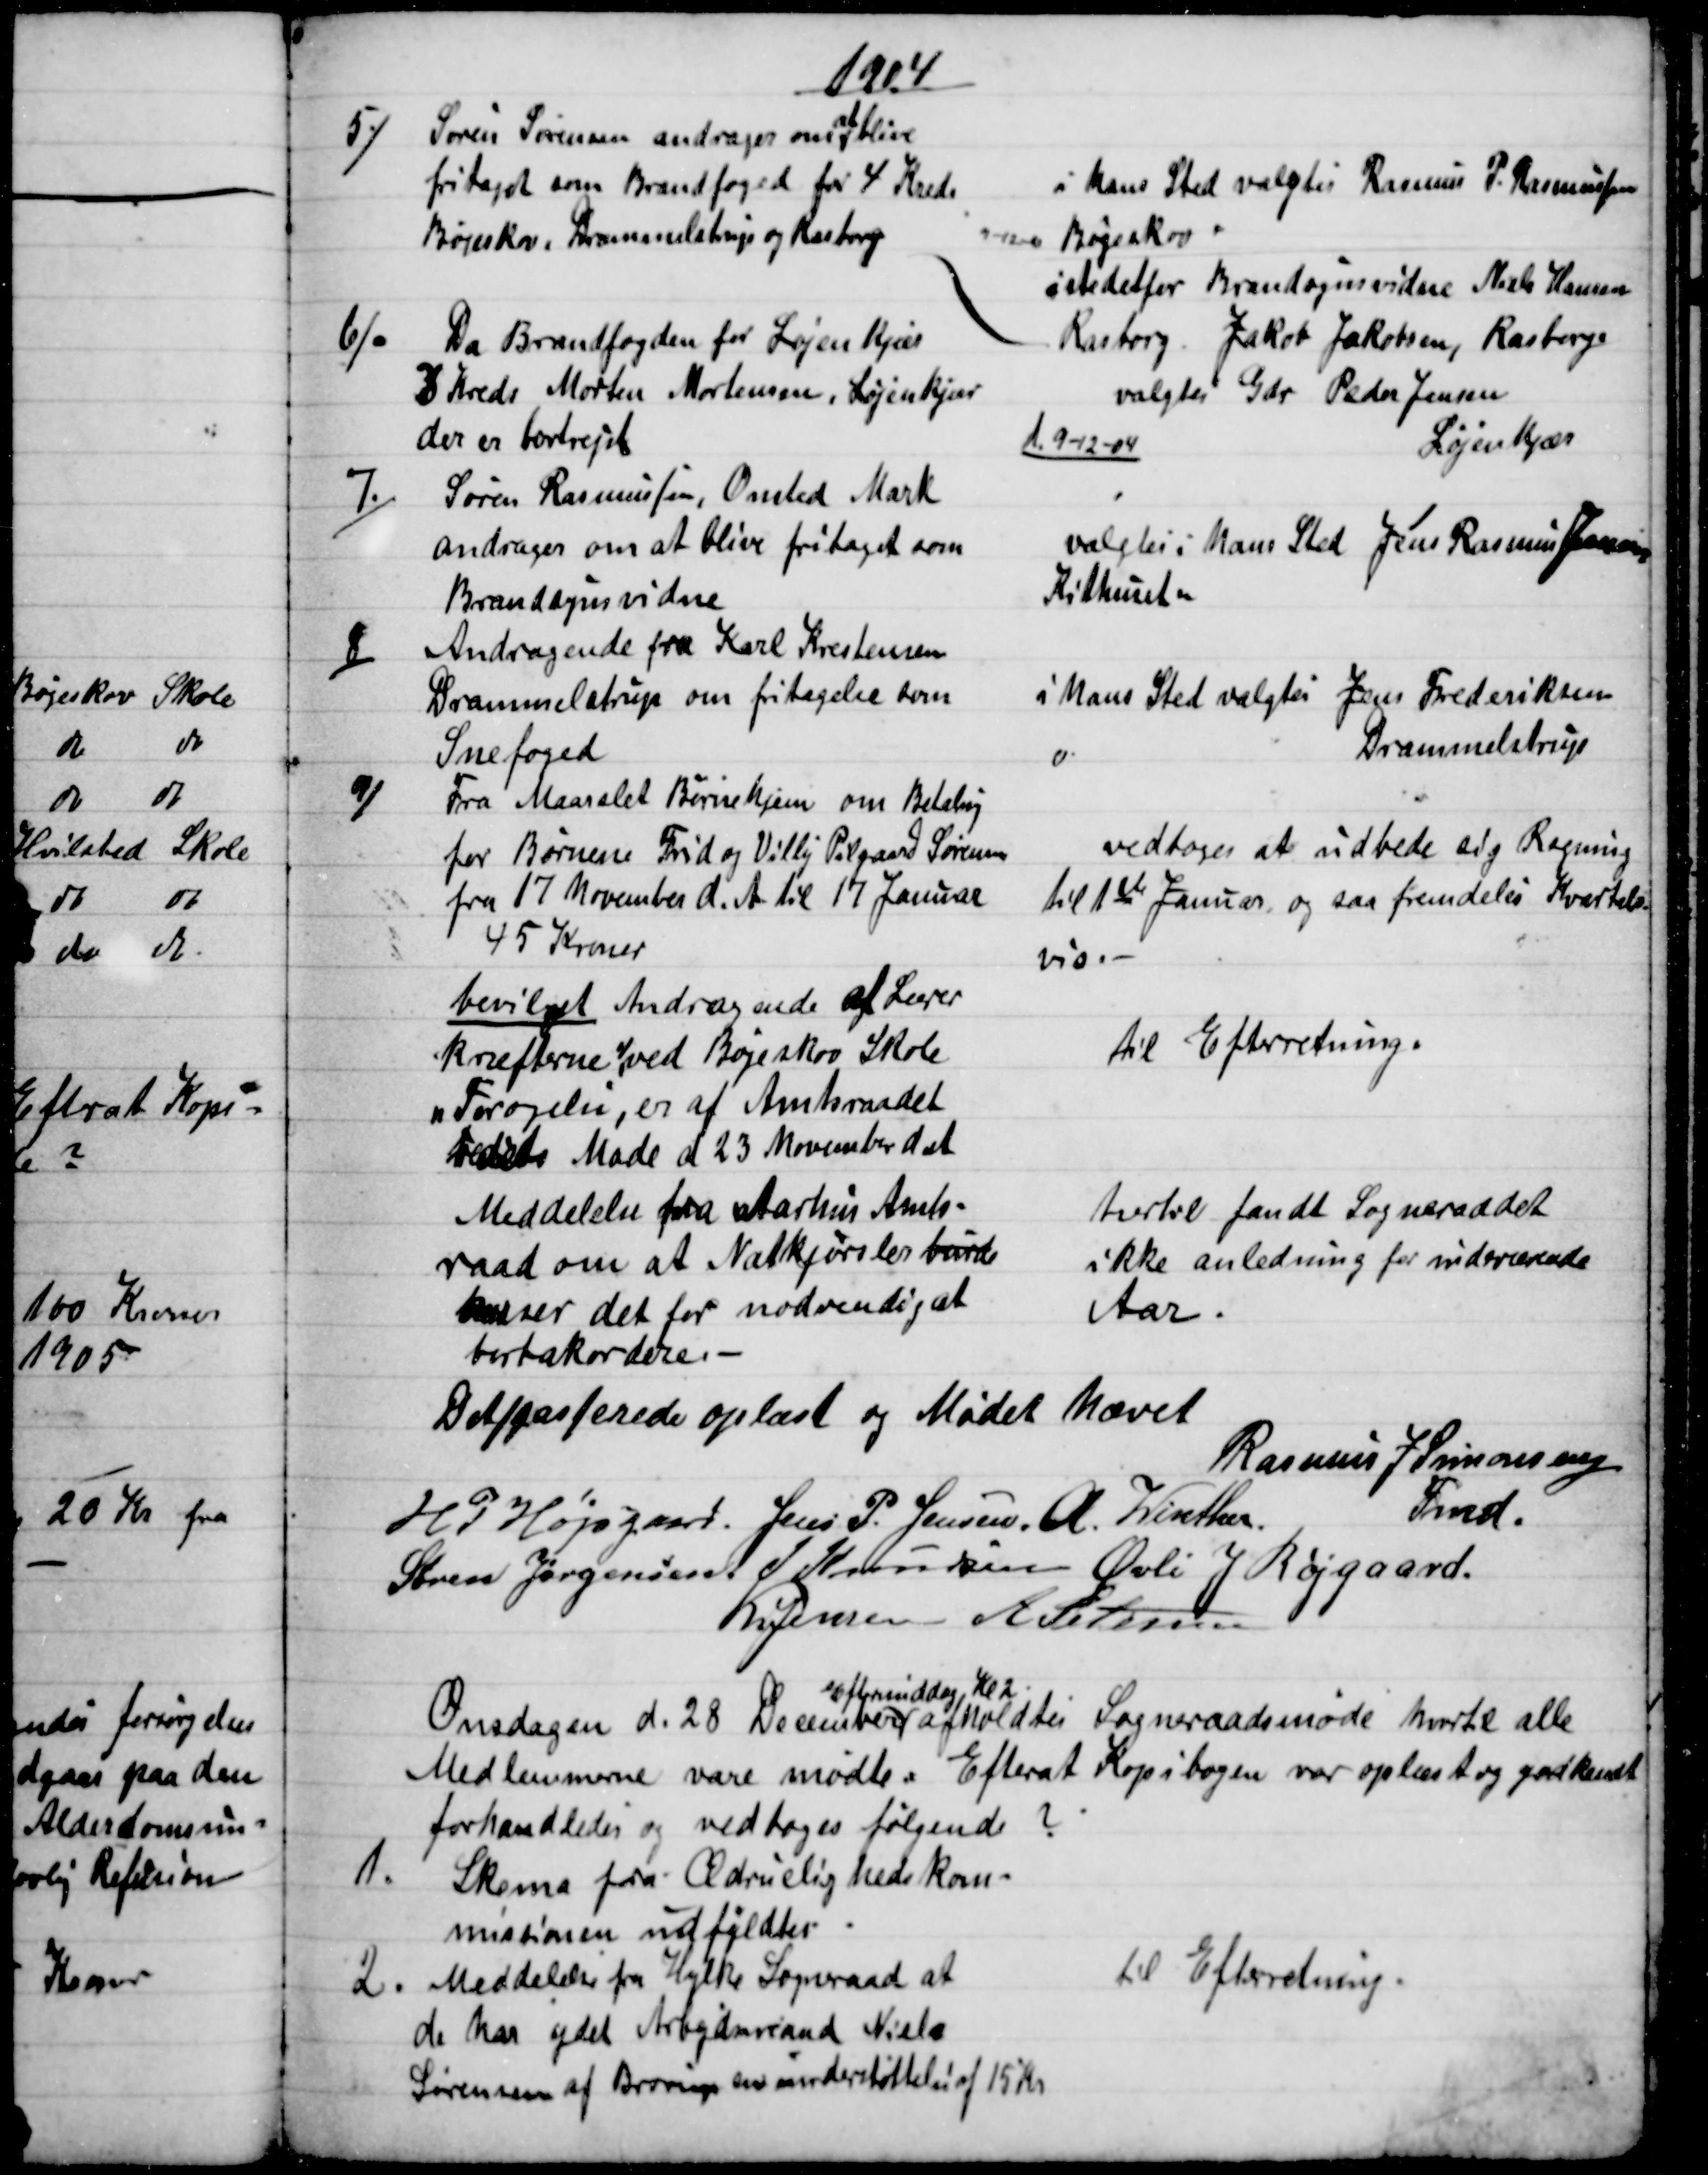
Transskription:
1904
5)
Søren Sørensen andrager om 
at
blive
fritaget som Brandfoged for 4 Kreds
Bøgeskov, Drammelstrup og Rasborg
i hans Sted valgtes Rasmus P. Rasmussen
Bøgeskov
istedetfor Brandsynsvidne Niels Hansen
Rasborg. Jakob Jakobsen, Rasborg
6).
Da Brandfogden for LøjenKjær
3 Kreds Morten Mortensen, Løjenkjær
der er bortrejst
valgtes Gdr. Peder Jensen
Løjenkjær
1.9-12-04
7.)
Søren Rasmussen, Onsted Mark
andrager om at blive fritaget som
Brandsynsvidne
valgtes i hans Sted Jens Rasmus Jensen
Kithuset
8)
Andragende fra Karl Krestensen
Drammelstrup om fritagelse som
Snefoged
i hans Sted valgtes Jens Frederiksen
i hans Sted valgtes Jens Frederiksen
Drammelstrup
9)
Fra Maarslet Børnehjem om Betaling
for Børnene Frid og Villy Pilgaard Sørensen
fra 17 November d. A. til 17 Januar
45 Kroner
vedtoges at udbede sig Regning
til 1ste Januar og saa fremdeles Kvartals-
vis.
bevilget Andragende af Lærer
kræfterne ved Bøgeskov Skole
"Forøgelse", er af Amtsraadet
 Møde d. 23 November d. A.
til Efterretning.
Meddelelse fra Aarhus Amts-
raad om at Natkjørsler burde
anser det for nødvendig at
bortakordere. 
hertil fandt Sogneraadet
ikke anledning for indeværende
Aar.
Det passerede oplæst og Mødet hævet
Rasmus J. Simonsen
Fmd.
H. P. Højsgaard Jens P. Jensen. A. Winther
Søren Jørgensen. J Knudsen Øvli J Røjgaard.
Kr Jensen A Petersen
Onsdagen d. 28 December 
Eftermiddag Kl 2
afholdtes Sogneraadsmøde hvortil alle
Medlemmerne vare mødte. Efterat Kopibogen var oplæst og godkendt
forhandledes og vedtoges følgende ?
1.
Skema fra Ædruelighedskom-
missionen udfyldtes.
2.
Meddelelse fra Hylke Sogneraad at
de har ydet Arbejdsmand Niels
Sørensen af Brørup en understøttelse af 15 Kr.
til Efterretning.